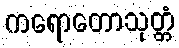
ကရောတောသုတ္တံ